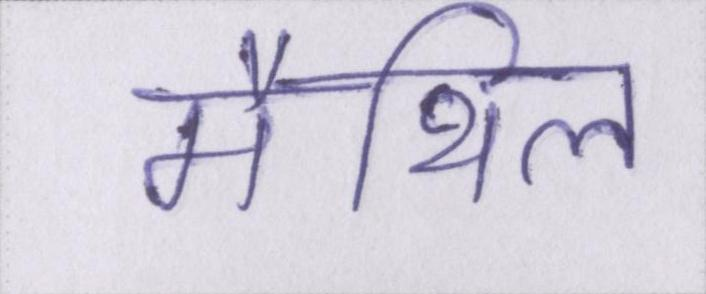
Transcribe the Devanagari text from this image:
मैथिल